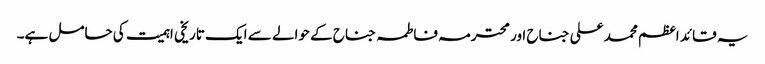
یہ قائد اعظم محمد علی جناح اور محترمہ فاطمہ جناح کے حوالے سے ایک تاریخی اہمیت کی حامل ہے۔